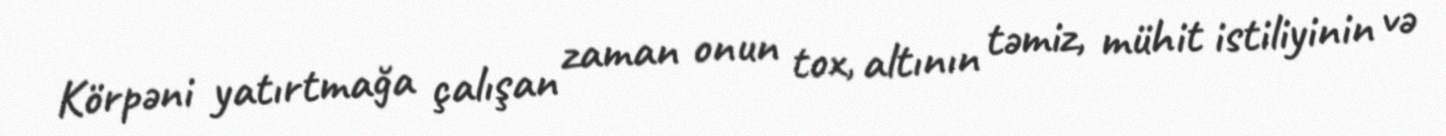
Körpəni yatırtmağa çalışan zaman onun tox, altının təmiz, mühit istiliyinin və